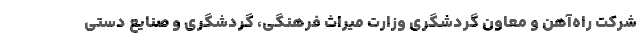
شرکت راه‌آهن و معاون گردشگری وزارت میراث فرهنگی، گردشگری و صنایع دستی